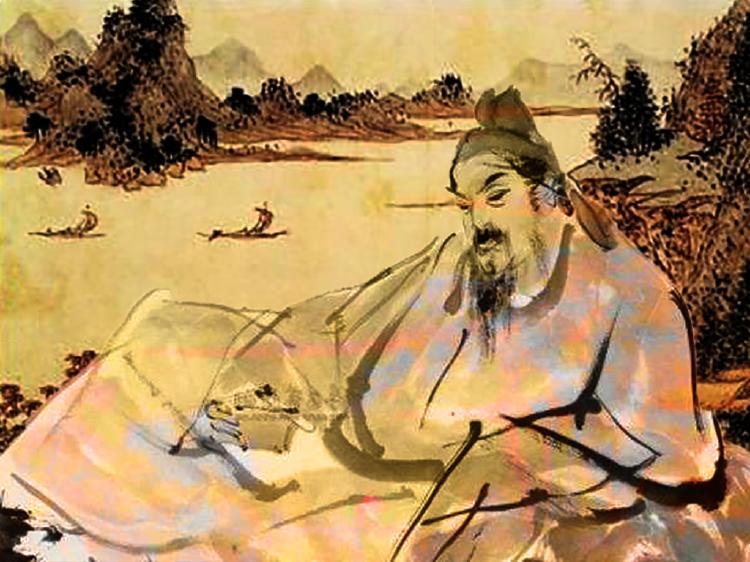
为问山翁何事，坐看流年轻度，拚却鬓双华。